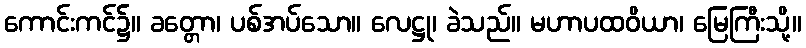
ကောင်းကင်၌။ ခတ္တော၊ ပစ်အပ်သော။ လေဋ္ဌု၊ ခဲသည်။ မဟာပထဝိယာ၊ မြေကြီးသို့။